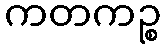
ကတကဉ္စ